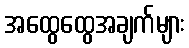
အထွေထွေအချက်များ